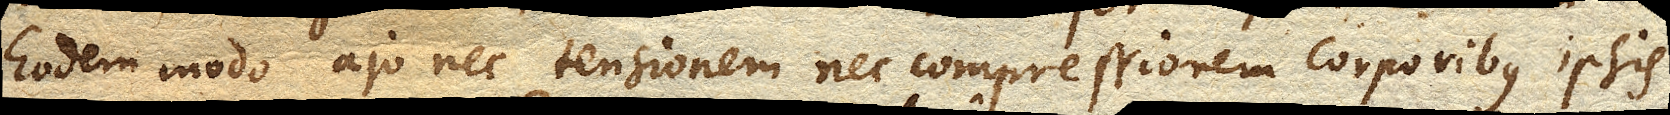
Eodem modo ajo nec tensionem nec compressionem corporibus ipsis